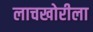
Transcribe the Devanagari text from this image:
लाचखोरीला